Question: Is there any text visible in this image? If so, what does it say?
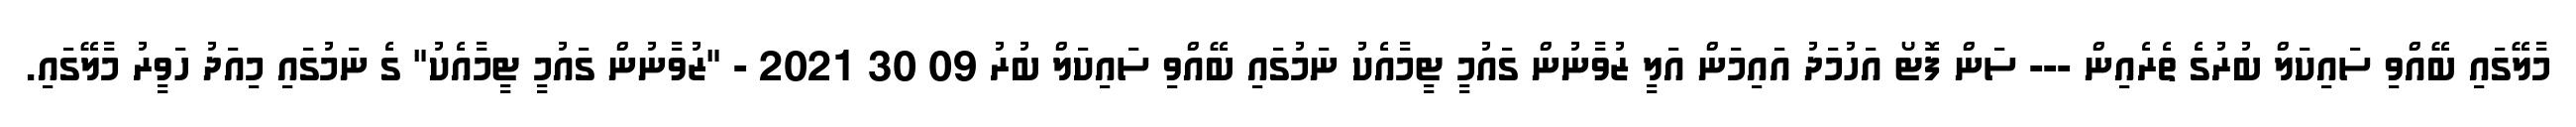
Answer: މާލޭގައި ބޭއްވި ސައިކަލް ބުރުގެ ތެރެއިން --- ސަން ފޮޓޯ އަހުމަދު އައިމަން އަލީ ޒުވާނުން ގައުމީ ޓީމާއެކު ނަމުގައި ބޭއްވި ސައިކަލް ބުރު 09 30 2021 - "ޒުވާނުން ގައުމީ ޓީމާއެކު" ގެ ނަމުގައި މިއަދު ހަވީރު މާލޭގައި.